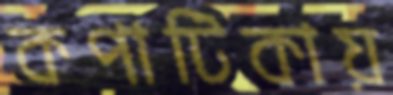
কপাটিকায়